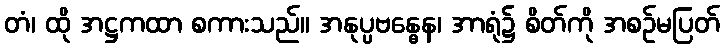
တံ၊ ထို အဋ္ဌကထာ စကားသည်။ အနုပ္ပဗန္ဓေန၊ အာရုံ၌ စိတ်ကို အစဉ်မပြတ်